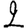
Digit: 2